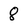
Character: 8